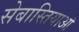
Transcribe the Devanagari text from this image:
सेबास्तियाओ